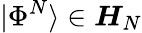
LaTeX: |\Phi^{N}\rangle\in\boldsymbol{H}_{N}